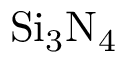
\mathrm { S i _ { 3 } N _ { 4 } }